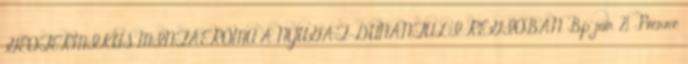
GEOTERMIKUS MINTAERŐMŰ A NYUGAT-DUNÁNTÚLI RÉGIÓBAN. Bp jún. 21. Pierre